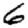
Digit: 6